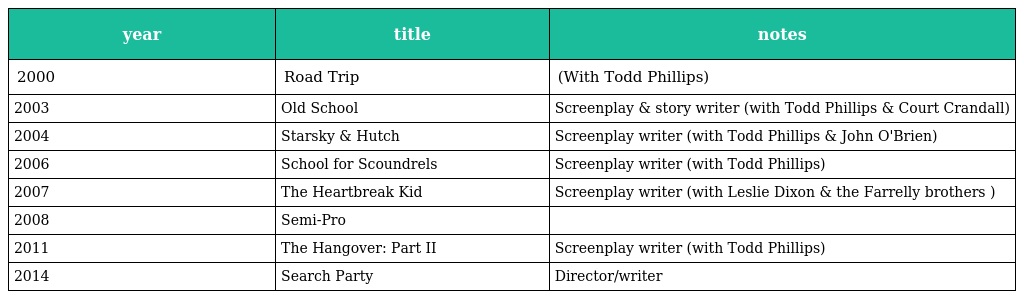
| year | title | notes |
 | --- | --- | --- |
 | 2000 | Road Trip | (With Todd Phillips) |
 | 2003 | Old School | Screenplay & story writer (with Todd Phillips & Court Crandall) |
 | 2004 | Starsky & Hutch | Screenplay writer (with Todd Phillips & John O'Brien) |
 | 2006 | School for Scoundrels | Screenplay writer (with Todd Phillips) |
 | 2007 | The Heartbreak Kid | Screenplay writer (with Leslie Dixon & the Farrelly brothers ) |
 | 2008 | Semi-Pro |  |
 | 2011 | The Hangover: Part II | Screenplay writer (with Todd Phillips) |
 | 2014 | Search Party | Director/writer |